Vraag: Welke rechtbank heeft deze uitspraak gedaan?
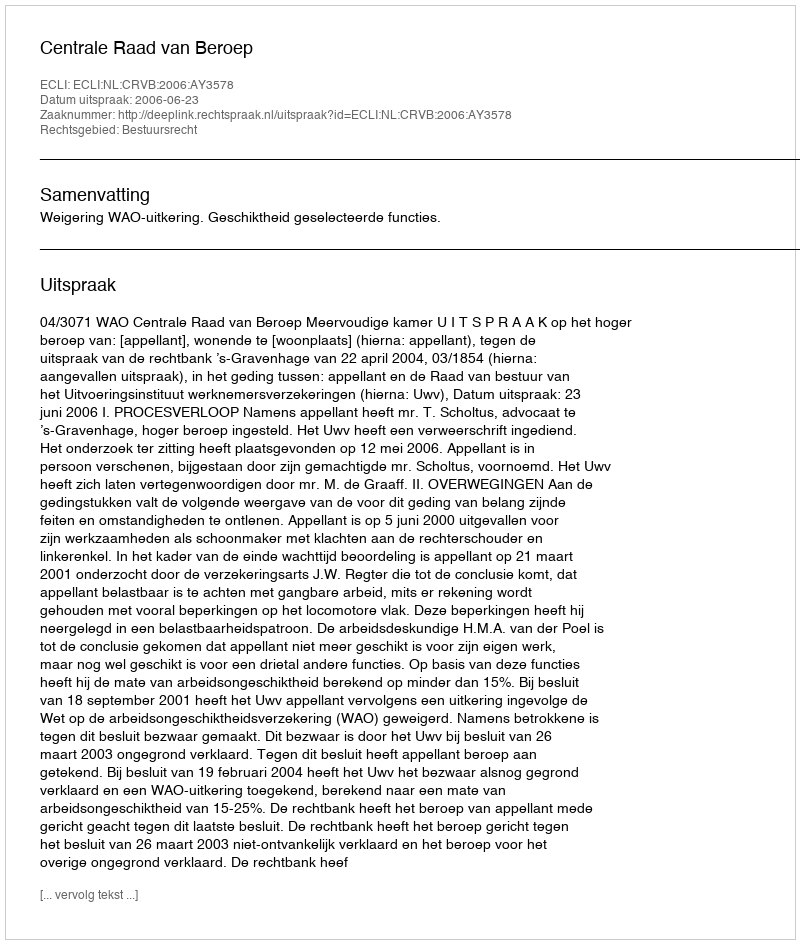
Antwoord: Centrale Raad van Beroep